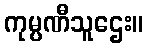
ကုမ္ပဏီသူဌေး။